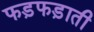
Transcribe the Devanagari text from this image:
फड़फड़ाती